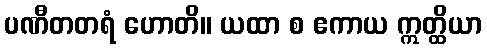
ပဏီတတရံ ဟောတိ။ ယထာ စ ဧကာယ ဣတ္ထိယာ